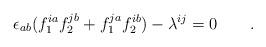
LaTeX: \begin{align*}\epsilon_{ab}(f_1^{ia}f_2^{jb}+f_1^{ja}f_2^{ib})-\lambda^{ij}=0\qquad.\end{align*}